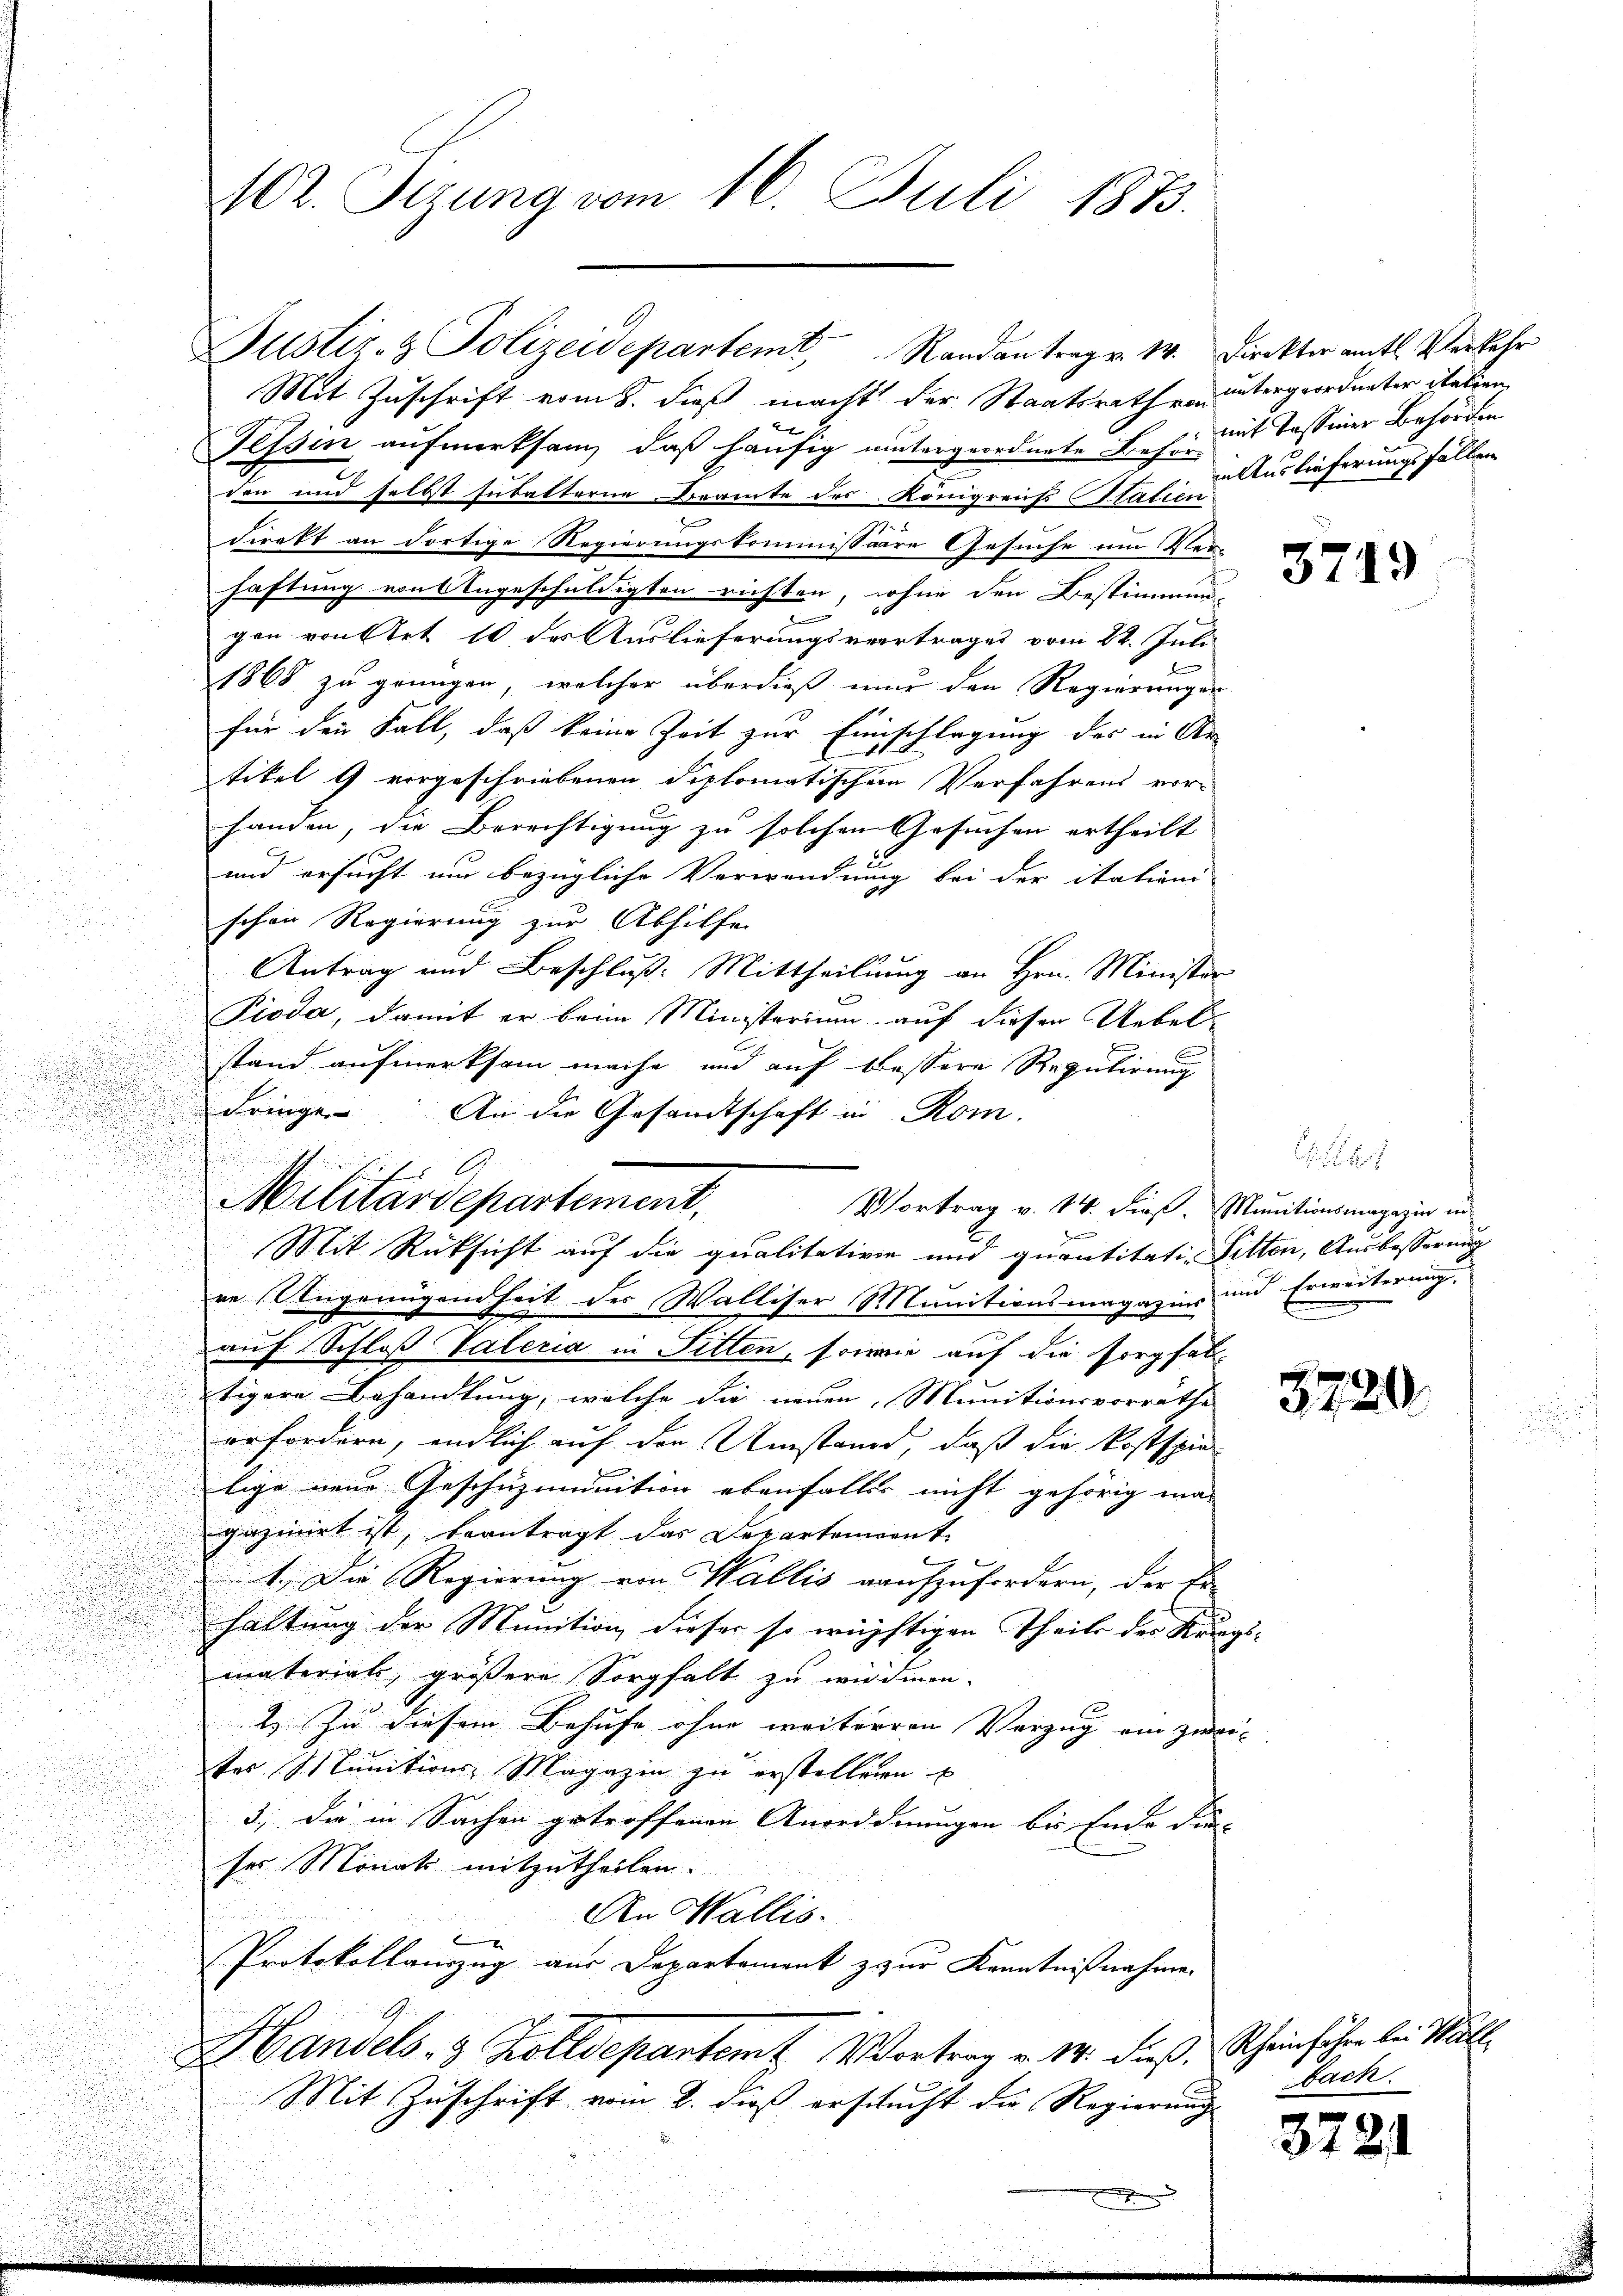
e

Justiz- & Polizeidepartem Randantrag v. M. Direkter amtl. Verkehr
Mit Zuschrift vom 8. dieß macht der Staatsrath von untergeordneter italien
Tessin aufmerksam, daß häufig untergeordnete Behr mit Tessiner Behörden
den und selbst Eubalterne Beamte des Königrents Statien
n
direkt an dortige Regierungskommissaire Gesuche um Verhaftung von Angeschuldigten richten, wofür den Bestimmun-
gen von stet 10 der Auslieferungsvertrages vom 22. Juli
1868 zu genügen, welcher überdieß nur den Regierungen
für den Fall, daß keine Zeit zur Einschlagung des in Ar
tikel 9 vorgeschriebenen Diplomatischen Verfahrens vor-
handen, die Berechtigung zu solchen Gesuchen ertheilt |
u
und ersucht um bezügliche Verwendung bei der itationi
.
schon Regierung zur Abhilfe
Antrag und Beschluß: Mittheilung an Hrn. Minister
Pioda, damit er beim Ministerium auf diesen Uebel¬
u
.
stand aufmerksam mache und auf bessere Regulirung
A
u
dringe. An die Gesandtschaft in Rom.
2

Mit Rücksicht auf die qualitativen und quantitati-Pitten, Ausbesserung
u
re Ungenügendheit des Walliser Munitionsmagazins und Erweiterung
auf Schloß Vateria in Sitten, sowie auf die sorgfal
tigere Behandlung, welche die neuen, Munitionsvorräthe
erfordern, endlich auf den Umstand, daß die kostspie
lige neue Geschüzmunition ebenfalles nicht gehörig ma-
gazinirt ist, beantragt das Departement
5
1. Die Regierung von Wallis aufzufordern, der Er
haltung der Munition dieser so wüchtigen Theile der Kriegs-
materials, größere Sorgfalt zu wirdmen.
2. Zu diesem Behufe ohne weiterren Verzug ein zwei- |
tes Munitions Magazin zu erstellen E
3. Die in Sachen getroffenen Anorddnungen bis Ende die-
ses Monats mitzutheilen.
An Wallis.
Protokollauszug aus Departement z zur Kenntnißnahme.
Handels- 3 Zolldepartem Vortrag v. 14. dieß, Scheinführe bei Wall
Mit Zuschrift vom 2. dieß ersucht die Regierung

102. Sizung vom 16. Juli 1873.

dschaft
Militärdepartement,

Vortrag v. 14. dieß. Munitionsmagazin in

in Auslieferungsfallen

5719

1
.

3720

Fach.

3721